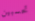
تحسبين